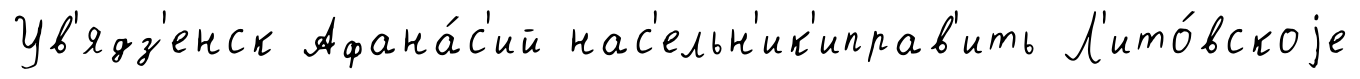
Ув'ядз'енск Афана́с'ий нас'ельн'ик'иправ'ить Л'ито́вскоjе